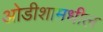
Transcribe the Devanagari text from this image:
ओडीशामधील